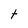
Character: t